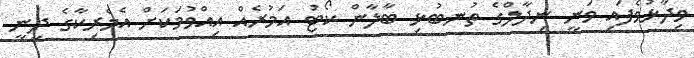
ވިދާޅުވެފައި ވަނީ ނިދާލްގެ ތުނބުޅި ބާލާން ކޯޓު އަމުރެއް އިއްވުމަކަށް އެމެރިކާގެ ދީނީ